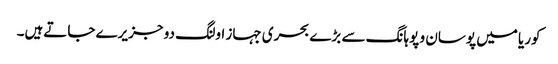
کوریا میں پوسان و پوہانگ سے بڑے بحری جہاز اولنگ دو جزیرے جاتےہیں۔